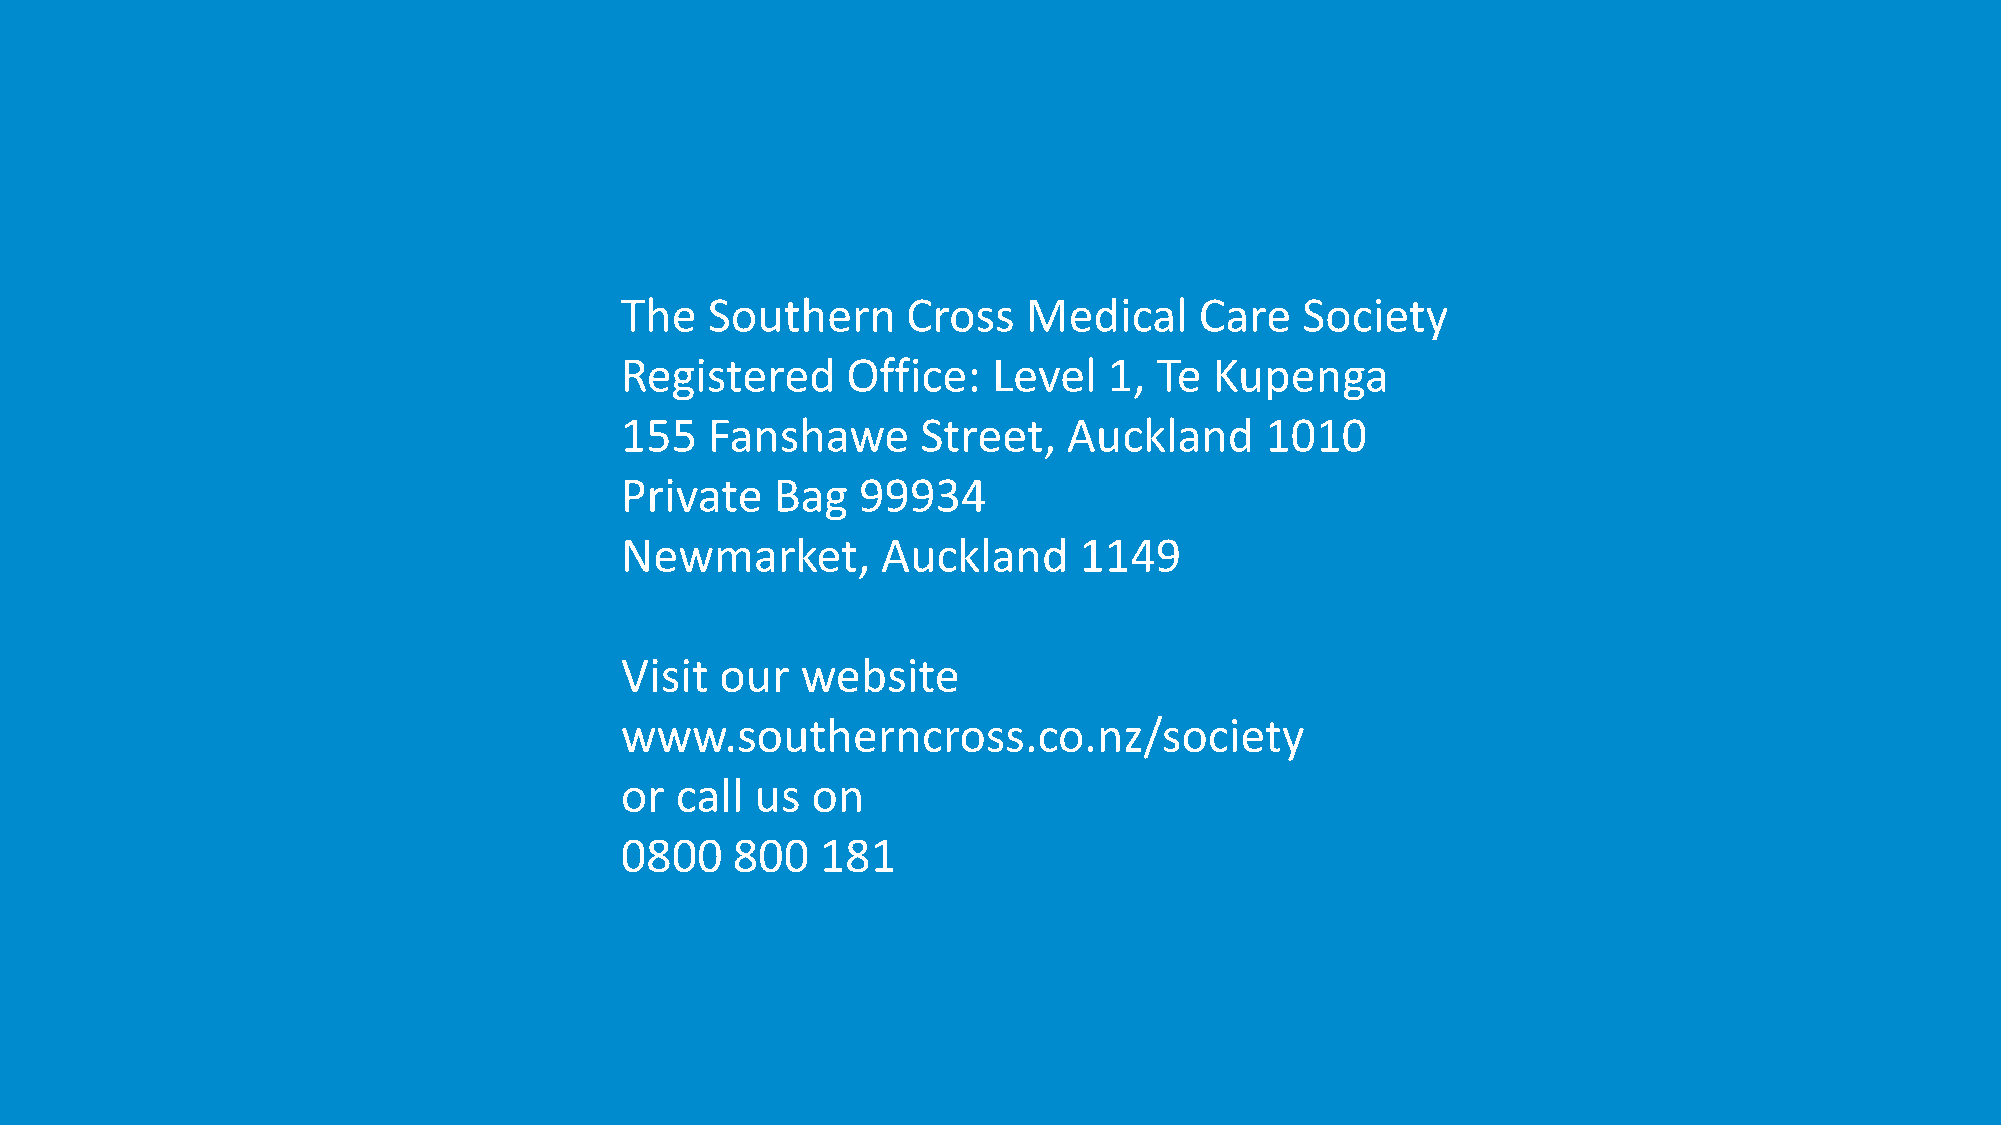
The   Southern     Cross   Medical    Care   Society
 Registered     Office:   Level  1,  Te Kupenga
 155   Fanshawe      Street,   Auckland     1010
 Private   Bag   99934
 Newmarket,       Auckland     1149
 Visit  our  website
 www.southerncross.co.nz/society
 or  call us  on
 0800   800   181